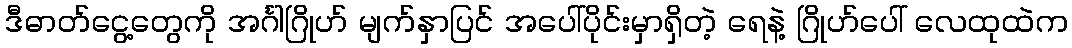
ဒီဓာတ်ငွေ့တွေကို အင်္ဂါဂြိုဟ် မျက်နှာပြင် အပေါ်ပိုင်းမှာရှိတဲ့ ရေနဲ့ ဂြိုဟ်ပေါ် လေထုထဲက